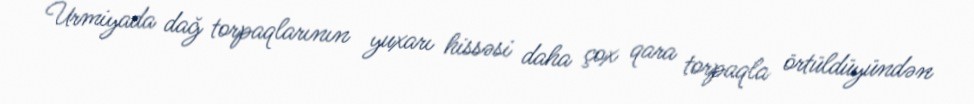
Urmiyada dağ torpaqlarının yuxarı hissəsi daha çox qara torpaqla örtüldüyündən